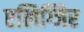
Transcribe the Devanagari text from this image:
एलिग्जिर